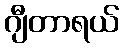
ဂျီတာရယ်